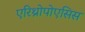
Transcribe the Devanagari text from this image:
एरिथ्रोपोएसिस